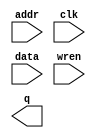
// You need to generate this component correctly

module dmem(addr,clk,data,wren,q);

input clk,wren;
input [11:0] addr;
input [31:0] data;
output [31:0] q;

endmodule